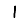
Digit: 1